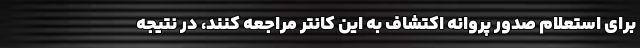
برای استعلام صدور پروانه اکتشاف به این کانتر مراجعه کنند، در نتیجه